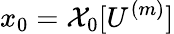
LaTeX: x_{0}=\mathcal{X}_{0}[U^{(m)}]